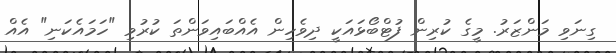
ގިނަވި މަންޒަރު. މީގެ ކުރިން ފުޓްބޯޅައަކީ ދިވެހިން އެއްބައިވަންތަ ކުރުވި "ހަމައެކަނި" އެއް